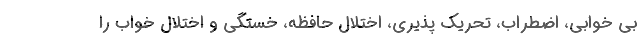
بی خوابی، اضطراب، تحریک پذیری، اختلال حافظه، خستگی و اختلال خواب را